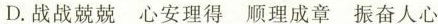
D.战战兢兢 心安理得 顺理成章 振奋人心